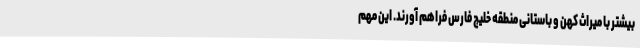
بیشتر با میراث کهن و باستانی منطقه خلیج فارس فراهم آورند. این مهم